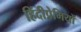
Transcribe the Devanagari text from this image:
हिंदीप्रेमियों